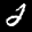
Label: 2